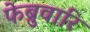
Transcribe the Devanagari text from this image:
फेब्रुवारि